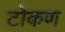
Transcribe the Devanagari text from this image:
टोकण